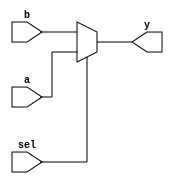
module mux21_condditonal_assig(a,b,sel,y);
    input a;
    input b;
    input sel;
    output y;

    	assign y = sel ? a : b ;


endmodule